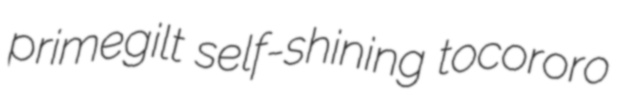
primegilt self-shining tocororo